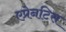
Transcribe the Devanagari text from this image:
एप्रेनटिस